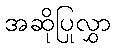
အဆိုပြုလွှာ